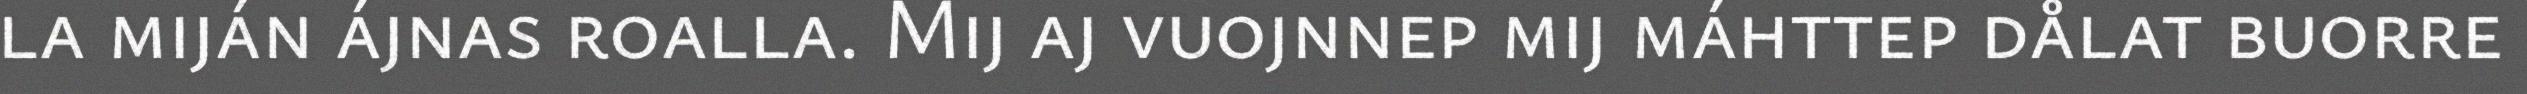
la miján ájnas roalla. Mij aj vuojnnep mij máhttep dålat buorre